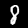
Label: 8